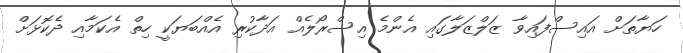
ހަޔާތަށް އައިސްފައިވާ ޒަލްޒަލާގައި އެންމެ އިސްރޯލެއް އަދާކުރި އެއްބަޔަކީ ހިތް އެކަމާއި ދެކޮޅަށް